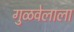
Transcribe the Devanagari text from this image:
गुळवेलाला